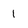
Character: 1